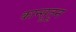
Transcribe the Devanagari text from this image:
कान्सूतून